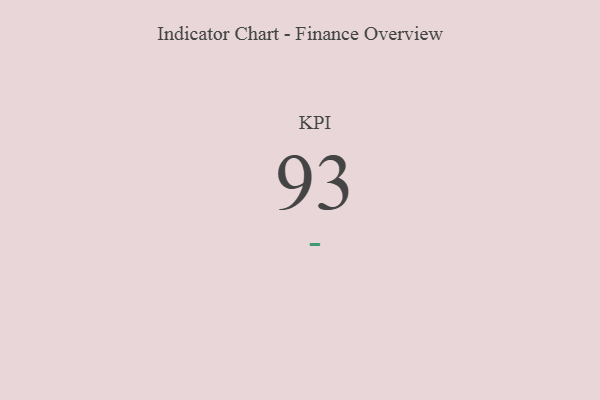
{"axis": {"x": "KPI", "y": "Value"}, "legend": [""], "data": [{"x": "KPI", "y": 93, "type": ""}]}